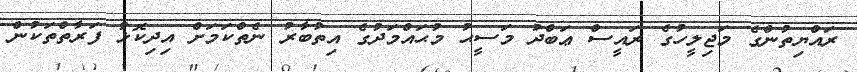
ރައްޔިތުންގެ މަޖިލީހުގެ ރައީސް ޢަބްދު މަސީޙު މުޙައްމަދުގެ އިތުބާރު ނެތްކަމަށް އިދިކޮޅު ފަރާތްތަކުން